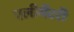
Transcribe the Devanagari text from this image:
एलीमैंटरी